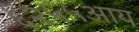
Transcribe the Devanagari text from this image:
६२५५आय